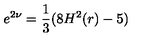
e ^ { 2 \nu } = \frac { 1 } { 3 } ( 8 H ^ { 2 } ( r ) - 5 )